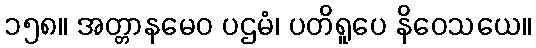
၁၅၈။ အတ္တာနမေဝ ပဌမံ၊ ပတိရူပေ နိဝေသယေ။